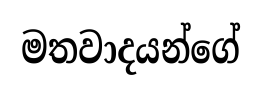
මතවාදයන්ගේ